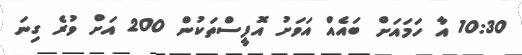
10:30 އާ ހަމައަށް ބައެއް އަވަށު އޮފީސްތަކުން 200 އަށް ވުރެ ގިނަ